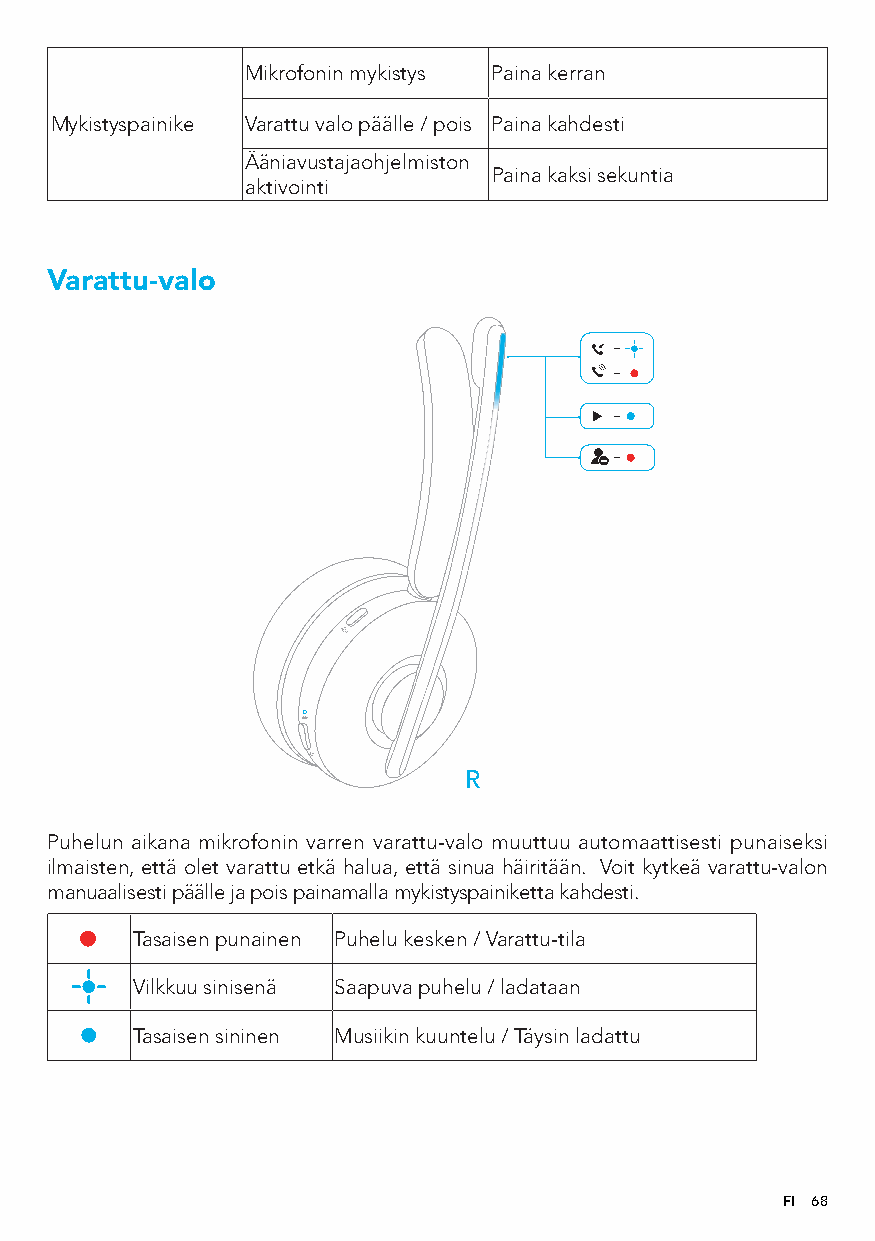
Mikrofonin mykistys Paina kerran
 Mykistyspainike Varattu valo päälle / pois Paina kahdesti
 Ääniavustajaohjelmiston
 Paina kaksi sekuntia
 aktivointi
 Varattu-valo
 R
 Puhelun aikana mikrofonin varren varattu-valo muuttuu automaattisesti punaiseksi
 ilmaisten, että olet varattu etkä halua, että sinua häiritään. Voit kytkeä varattu-valon
 manuaalisesti päälle ja pois painamalla mykistyspainiketta kahdesti.
 Tasaisen punainen Puhelu kesken / Varattu-tila
 Vilkkuu sinisenä Saapuva puhelu / ladataan
 Tasaisen sininen Musiikin kuuntelu / Täysin ladattu
 FI 68